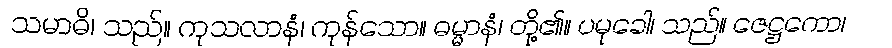
သမာဓိ၊ သည်။ ကုသလာနံ၊ ကုန်သော။ ဓမ္မာနံ၊ တို့၏။ ပမုခေါ၊ သည်။ ဇေဋ္ဌကော၊